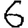
Digit: 6